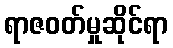
ရာဇဝတ်မှုဆိုင်ရာ